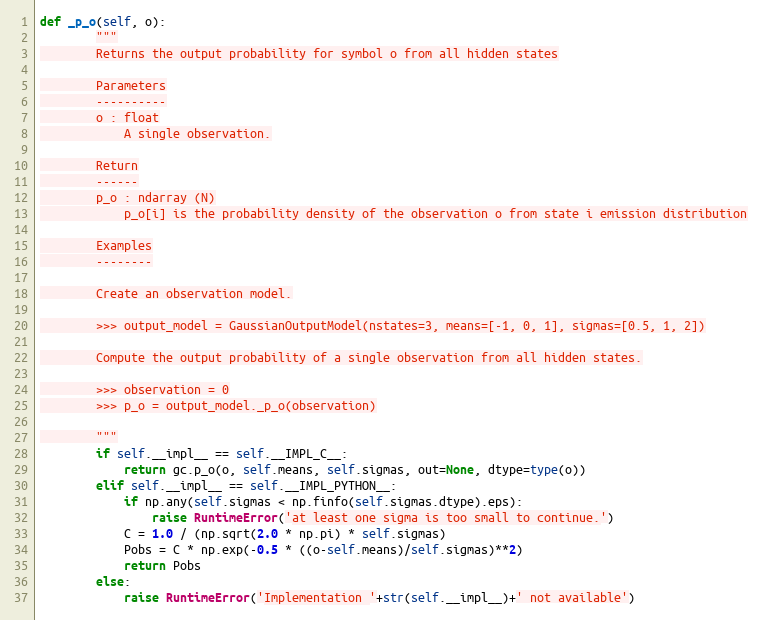
Language: Python
def _p_o(self, o):
        """
        Returns the output probability for symbol o from all hidden states

        Parameters
        ----------
        o : float
            A single observation.

        Return
        ------
        p_o : ndarray (N)
            p_o[i] is the probability density of the observation o from state i emission distribution

        Examples
        --------

        Create an observation model.

        >>> output_model = GaussianOutputModel(nstates=3, means=[-1, 0, 1], sigmas=[0.5, 1, 2])

        Compute the output probability of a single observation from all hidden states.

        >>> observation = 0
        >>> p_o = output_model._p_o(observation)

        """
        if self.__impl__ == self.__IMPL_C__:
            return gc.p_o(o, self.means, self.sigmas, out=None, dtype=type(o))
        elif self.__impl__ == self.__IMPL_PYTHON__:
            if np.any(self.sigmas < np.finfo(self.sigmas.dtype).eps):
                raise RuntimeError('at least one sigma is too small to continue.')
            C = 1.0 / (np.sqrt(2.0 * np.pi) * self.sigmas)
            Pobs = C * np.exp(-0.5 * ((o-self.means)/self.sigmas)**2)
            return Pobs
        else:
            raise RuntimeError('Implementation '+str(self.__impl__)+' not available')